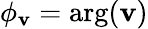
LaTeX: \phi_{\mathbf{v}}=\mathrm{{arg}}(\mathbf{v})